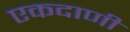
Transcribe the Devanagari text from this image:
एकदाणी